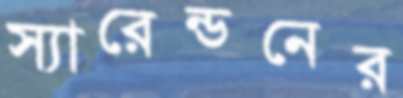
স্যারেন্ডনের